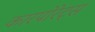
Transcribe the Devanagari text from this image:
कारपोरेट्स